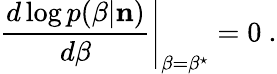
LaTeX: \left.\frac{d\log p(\beta|{\mathbf n})}{d\beta}\right|_{\beta=\beta^{\star}}=0~.